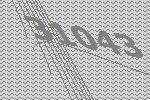
31043